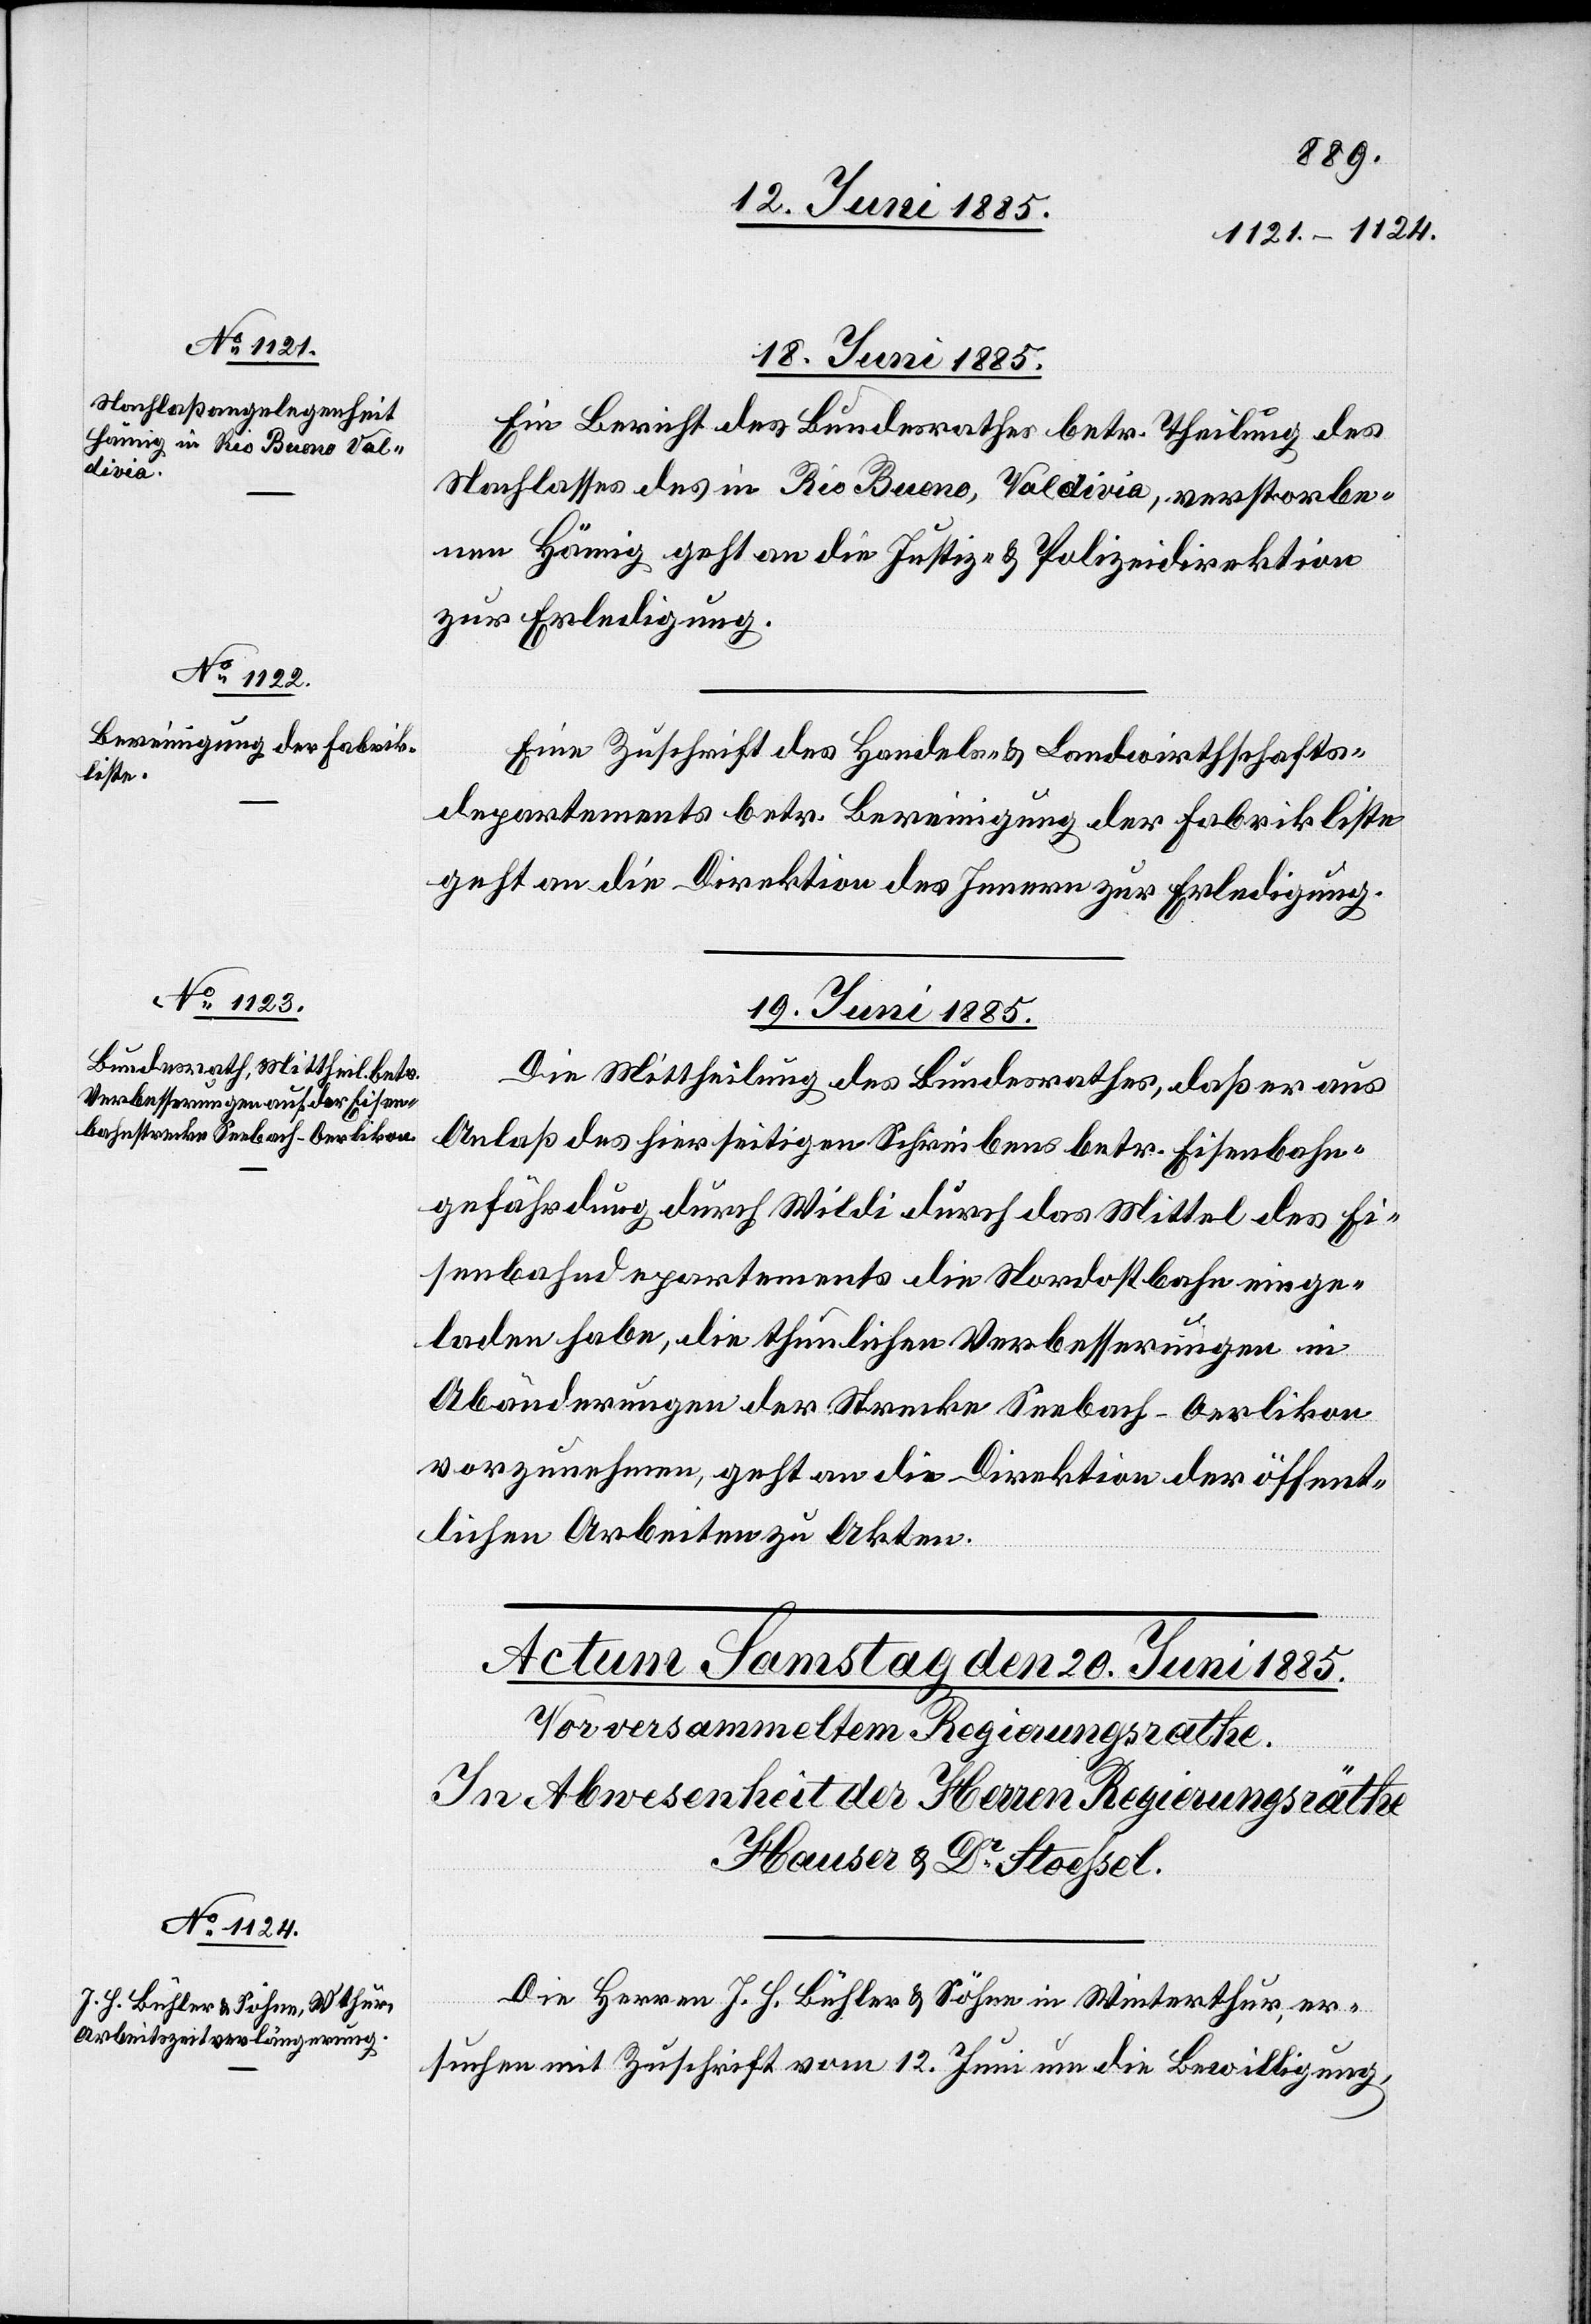
18. Juni 1885.]
Ein Bericht des Bundesrathes betr. Theilung des
Nachlasses des in Rio Bueno, Valdivia, verstorbe¬
nen König geht an die Justiz- & Polizeidirektion
zur Erledigung.
Eine Zuschrift des Handels- & Landwirthschafts¬
departements betr. Bereinigung der Fabrikliste
geht an die Direktion des Innern zur Erledigung.
19. Juni 1885.
Die Mittheilung des Bundesrathes, daß er aus
Anlaß des hierseitigen Schreibens betr. Eisenbahn¬
gefährdung durch Wildi durch das Mittel des Ei¬
senbahndepartements die Nordostbahn einge¬
laden habe, die thunlichen Verbesserungen in
Abänderungen der Strecke Seebach–Oerlikon
vorzunehmen, geht an die Direktion der öffent¬
lichen Arbeiten zu Akten.
Die Herren J. H. Bühler & Söhne in Winterthur, er¬
suchen mit Zuschrift vom 12. Juni um die Bewilligung,